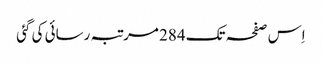
اِس صفحہ تک 284 مرتبہ رسائی کی گئی